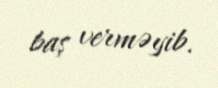
baş verməyib.